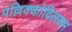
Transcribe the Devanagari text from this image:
पल्लिक्कोविलकम